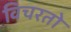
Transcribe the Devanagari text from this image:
विचरतो